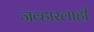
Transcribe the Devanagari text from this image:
जव्हारलाही